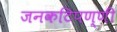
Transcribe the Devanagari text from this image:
जनकटिपण्णी